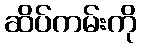
ဆိပ်ကမ်းကို